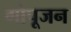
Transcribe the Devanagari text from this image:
गोपूजन